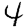
Digit: 4